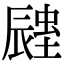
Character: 𨑉